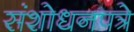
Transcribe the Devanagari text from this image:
संशोधनपत्रे